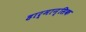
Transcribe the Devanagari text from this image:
हार्मान्सिक